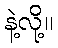
နဲ့လို့။